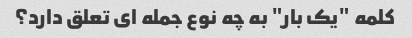
کلمه "یک بار" به چه نوع جمله ای تعلق دارد؟